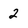
Character: 2